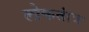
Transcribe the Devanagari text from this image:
लोकतांत्र